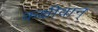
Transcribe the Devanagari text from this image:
कक्षीवान्‌